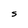
Character: S